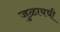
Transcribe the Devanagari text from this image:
जुळायची